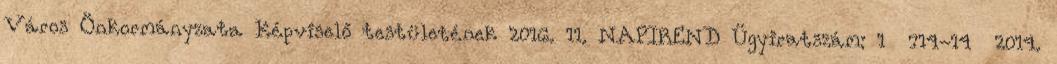
Város Önkormányzata Képviselő testületének 2016. 11. NAPIREND Ügyiratszám: 1 714-14 2014.